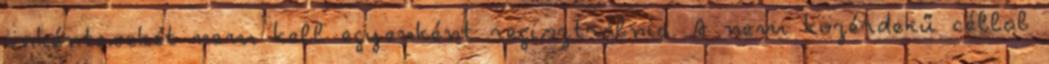
önkénteseket nem kell egyenként regisztrálnia. A nem közérdekű céllal